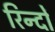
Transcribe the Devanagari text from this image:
रिन्दों